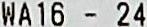
WA16 - 24